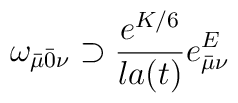
\omega_{\bar\mu\bar0\nu}\supset \frac{e^{K/6}}{la(t)} e^E_{\bar\mu\nu}